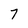
Character: 7